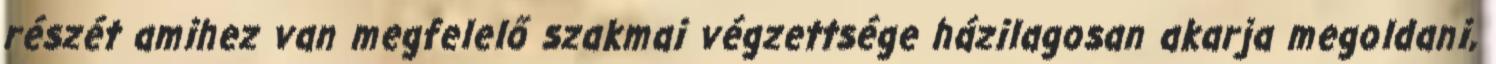
részét amihez van megfelelő szakmai végzettsége házilagosan akarja megoldani,